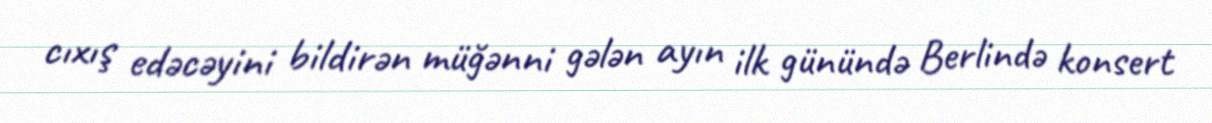
cıxış edəcəyini bildirən müğənni gələn ayın ilk günündə Berlində konsert